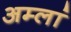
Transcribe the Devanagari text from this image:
अम्लां